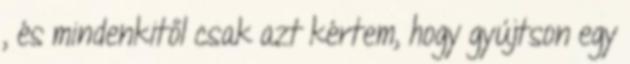
, és mindenkitől csak azt kértem, hogy gyújtson egy